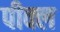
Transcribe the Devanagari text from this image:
पीक्ल